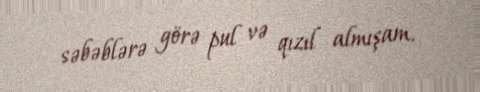
səbəblərə görə pul və qızıl almışam.